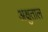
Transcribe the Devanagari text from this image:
अक्षुताल